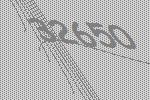
32650